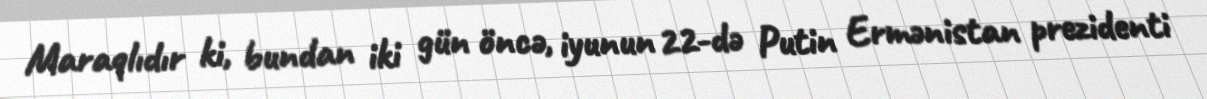
Maraqlıdır ki, bundan iki gün öncə, iyunun 22-də Putin Ermənistan prezidenti